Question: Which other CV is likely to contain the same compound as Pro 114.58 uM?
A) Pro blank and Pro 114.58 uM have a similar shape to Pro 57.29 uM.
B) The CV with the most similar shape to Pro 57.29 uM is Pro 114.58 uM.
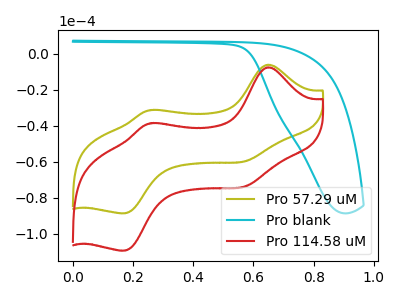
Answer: <think>The olive curve "Pro 57.29 uM" has anodic peaks at (0.65V, -6.10uA) (0.25V, -31.20uA) and cathodic peaks at (0.60V, -59.30uA) (0.15V, -88.50uA). The cyan curve "Pro blank" has no peaks. The red curve "Pro 114.58 uM" has anodic peaks at (0.65V, -7.55uA) (0.25V, -38.50uA) and cathodic peaks at (0.60V, -73.20uA) (0.15V, -109.20uA).
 "Pro 57.29 uM" and "Pro blank" have a different number of peaks. All the peaks in "Pro 57.29 uM" have a peak in "Pro 114.58 uM" at the same potential. "Pro blank" and "Pro 114.58 uM" have a different number of peaks.</think>
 <answer>B) The CV with the most similar shape to "Pro 57.29 uM" is "Pro 114.58 uM".</answer>
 <eval>B</eval>